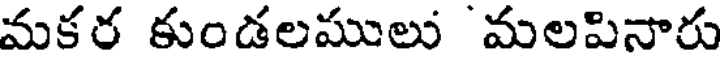
మకర కుండలములు మలపినారు